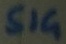
Text: SIG